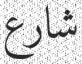
شارع